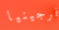
فرجينيا